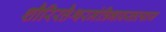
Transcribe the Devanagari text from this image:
शौरिरत्तैश्वरमंत्रिभावस्तत्याज